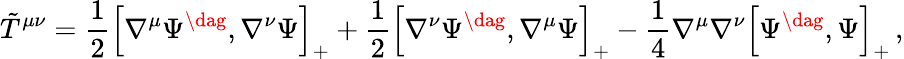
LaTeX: {\tilde{T}}^{\mu\nu}=\frac 12\left[\nabla^{\mu}\Psi^{\dag},\nabla^{\nu}\Psi\right]_{+}+\frac 12\left[\nabla^{\nu}\Psi^{\dag},\nabla^{\mu}\Psi\right]_{+}-\frac 14\nabla^{\mu}\nabla^{\nu}\left[\Psi^{\dag},\Psi\right]_{+}\, ,